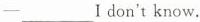
—___I don't know.